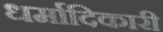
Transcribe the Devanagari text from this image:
धर्मादिकारी